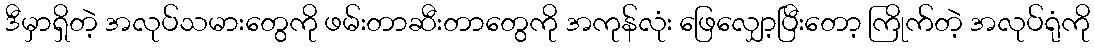
ဒီမှာရှိတဲ့ အလုပ်သမားတွေကို ဖမ်းတာဆီးတာတွေကို အကုန်လုံး ဖြေလျှော့ပြီးတော့ ကြိုက်တဲ့ အလုပ်ရုံကို